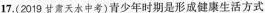
17. (2019甘肃天水中考) 青少年时期是形成健康生活方式